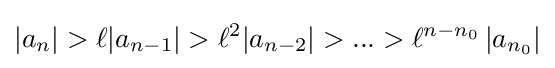
|a_{n}|>\ell |a_{n-1}|>\ell ^{2}|a_{n-2}|>...>\ell ^{n-n_{0}}\left|a_{n_{0}}\right|